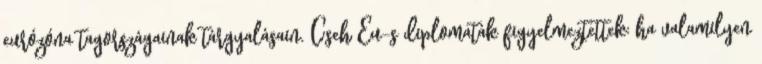
eurózóna tagországainak tárgyalásain. Cseh Eu-s diplomaták figyelmeztettek: ha valamilyen